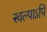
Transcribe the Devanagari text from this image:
स्वल्पाऽपि